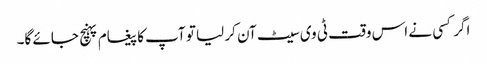
اگر کسی نے اس وقت ٹی وی سیٹ آن کر لیا تو آپ کا پیغام پہنچ جائے گا۔